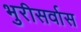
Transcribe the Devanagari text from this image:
भुरीसर्वास